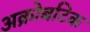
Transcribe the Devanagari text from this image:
अक्रोबटिक